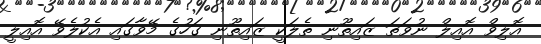
އޮލިވް އޮއިލް ނުވަތަ ޒައިތޫނި ތެލަކީ ޒައިތޫނި ގަހުގެ މޭވާގައި އެކުލެވޭ އޮއިލީ